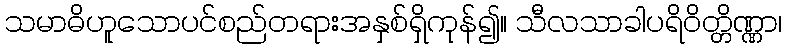
သမာဓိဟူသောပင်စည်တရားအနှစ်ရှိကုန်၍။ သီလသာခါပရိဝိတ္တိဏ္ဏာ၊